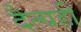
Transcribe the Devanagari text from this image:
दैत्यही